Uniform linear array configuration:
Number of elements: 64
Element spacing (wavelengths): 0.25
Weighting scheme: hamming
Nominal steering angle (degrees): -60
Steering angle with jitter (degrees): -60.98
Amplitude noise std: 0.05
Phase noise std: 0.05

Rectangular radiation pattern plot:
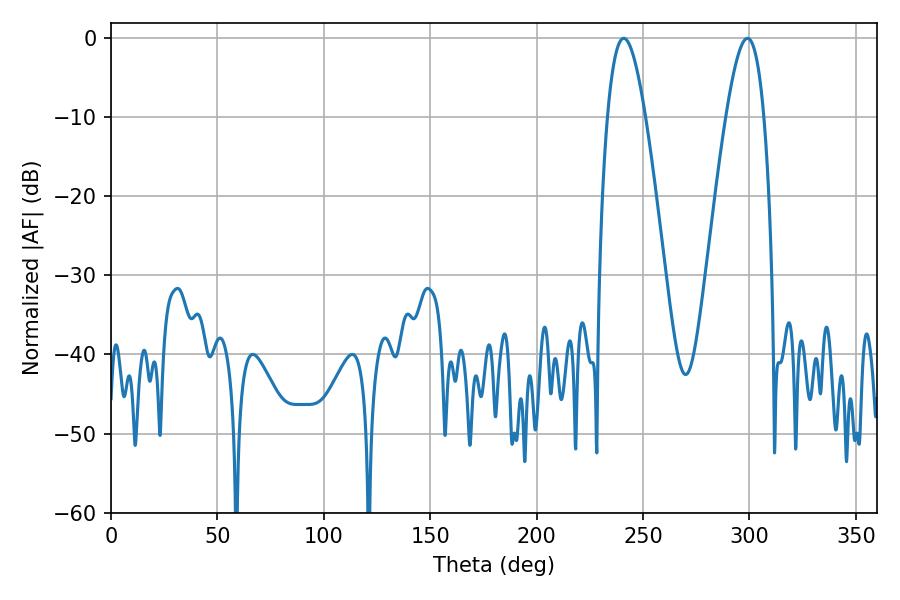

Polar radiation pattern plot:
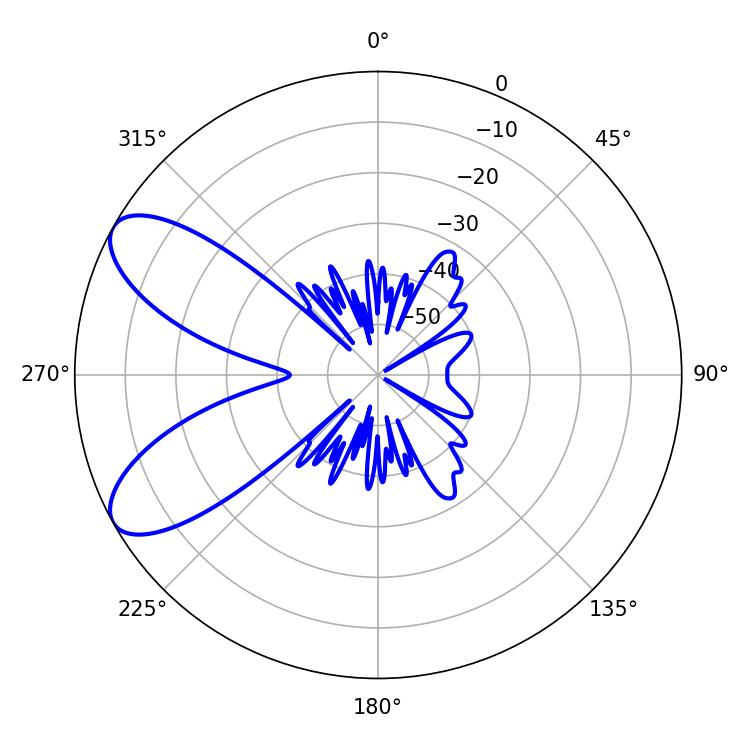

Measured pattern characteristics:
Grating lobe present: FALSE
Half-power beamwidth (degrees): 9.54
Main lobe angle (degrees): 240.84